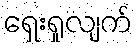
ရှေးရှုလျက်